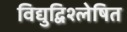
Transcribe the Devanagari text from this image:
विद्युद्विश्लेषित